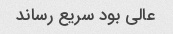
عالی بود سریع رساند